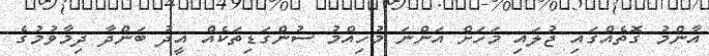
އާންމު ގޮތެއްގައި ޖުލައި މަހަށް އަންނަ މުހިއްމު ސުންގަޑިތަކެއް އީދު ބަންދާ ދިމާވުމުގެ